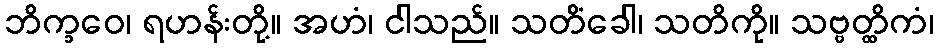
ဘိက္ခဝေ၊ ရဟန်းတို့။ အဟံ၊ ငါသည်။ သတိံခေါ၊ သတိကို။ သဗ္ဗတ္ထိကံ၊